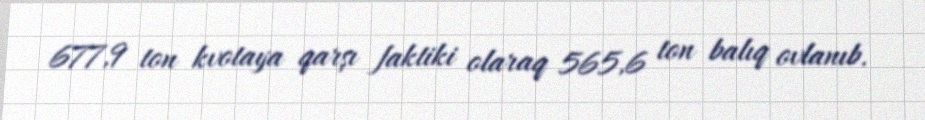
677,9 ton kvotaya qarşı faktiki olaraq 565,6 ton balıq ovlanıb.